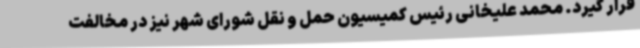
قرار گیرد. محمد علیخانی رئیس کمیسیون حمل و نقل شورای شهر نیز در مخالفت